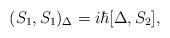
LaTeX: \begin{align*}(S_1,S_1)_\Delta=i\hbar[\Delta,S_2],\end{align*}